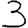
Digit: 3